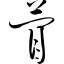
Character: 瞢